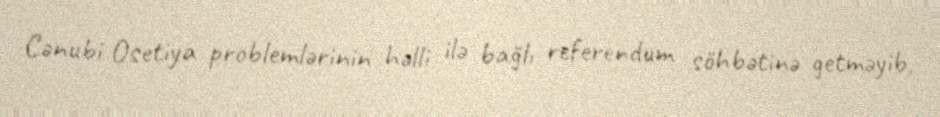
Cənubi Osetiya problemlərinin həlli ilə bağlı referendum söhbətinə getməyib,